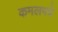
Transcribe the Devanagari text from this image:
कमलपत्रे